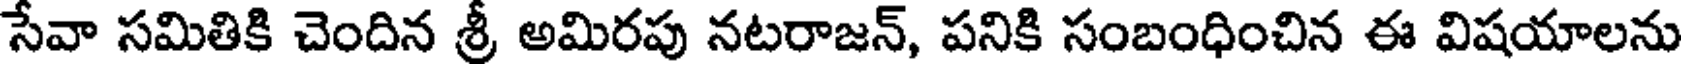
సేవా సమితికి చెందిన శ్రీ అమిరపు నటరాజన్, పనికి సంబంధించిన ఈ విషయాలను